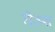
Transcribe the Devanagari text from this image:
रोउश